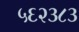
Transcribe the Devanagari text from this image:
५६२३८३